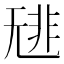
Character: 𩇳